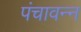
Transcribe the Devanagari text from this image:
पंचावन्‍न